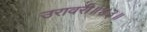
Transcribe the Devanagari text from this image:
उरावरी॥४३॥